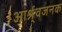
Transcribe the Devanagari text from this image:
आर्श्र्वजनक